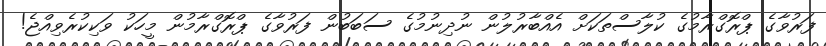
ފަރުވާގެ ޕްރޮގްރާމުގެ ކުލާސްތަކަށް އެއްބާރުލުން ނުދިނުމުގެ ސަބަބުން ފަރުވާގެ ޕްރޮގްރާމުން މީހަކު ވަކިކުރެވިއްޖެ!